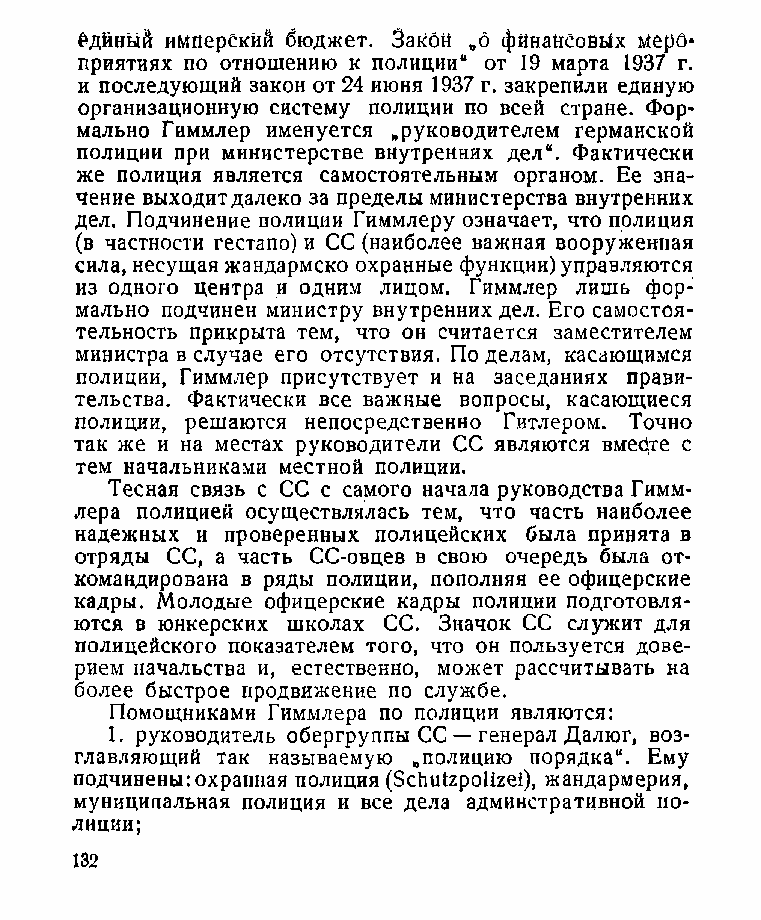
£дйный имперский бюджет. Закон „о финансовых Меро­
 приятиях по отношению к полиции“ от 19 марта 1937 г.
 и последующий закон от 24 июня 1937 г. закрепили единую
 организационную систему полиции по всей стране. Фор­
 мально Гиммлер именуется „руководителем германской
 полиции при министерстве внутренних дел“. Фактически
 же полиция является самостоятельным органом. Ее зна­
 чение выходит далеко за пределы министерства внутренних
 дел. Подчинение полиции Гиммлеру означает, что полиция
 (в частности гестапо) и СС (наиболее важная вооруженная
 сила, несущая жандармско охранные функции) управляются
 из одного центра и одним лицом. Гиммлер лишь фор­
 мально подчинен министру внутренних дел. Его самостоя­
 тельность прикрыта тем, что он считается заместителем
 министра в случае его отсутствия. По делам, касающимся
 полиции, Гиммлер присутствует и на заседаниях прави­
 тельства. Фактически все важные вопросы, касающиеся
 полиции, решаются непосредственно Гитлером. Точно
 так же и на местах руководители СС являются вмефе с
 тем начальниками местной полиции.
 Тесная связь с СС с самого начала руководства Гимм­
 лера полицией осуществлялась тем, что часть наиболее
 надежных и проверенных полицейских была принята в
 отряды СС, а часть СС-овцев в свою очередь была от­
 командирована в ряды полиции, пополняя ее офицерские
 кадры. Молодые офицерские кадры полиции подготовля­
 ются в юнкерских школах СС. Значок СС служит для
 полицейского показателем того, что он пользуется дове­
 рием начальства и, естественно, может рассчитывать на
 более быстрое продвижение по службе.
 Помощниками Гиммлера по полиции являются:
 1. руководитель обергруппы СС — генерал Далюг, воз­
 главляющий так называемую „полицию порядка“. Ему
 подчинены: охранная полиция (Schutzpolizei), жандармерия,
 муниципальная полиция и все дела админстративной по­
 лиции;
 132